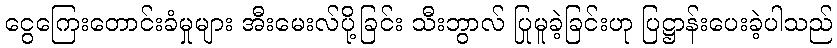
ငွေကြေးတောင်းခံမှုများ အီးမေးလ်ပို့ခြင်း သီးဘွာလ် ပြုမူခဲ့ခြင်းဟု ပြဋ္ဌာန်းပေးခဲ့ပါသည်